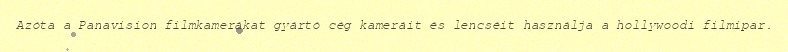
Azóta a Panavision filmkamerákat gyártó cég kameráit és lencséit használja a hollywoodi filmipar.